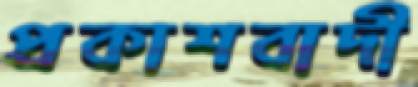
প্রকাশবাদী